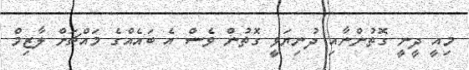
މިއީ ދީނީ ގޮތުންނާއި ދުނިޔަވީ ގޮތުން ވެސް އެ ބައެއްގެ މައްޗަށް ލާޒިމް